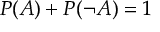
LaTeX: P ( A ) + P ( \neg A ) = 1